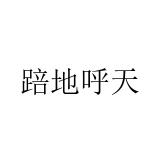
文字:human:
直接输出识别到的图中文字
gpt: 踣地呼天